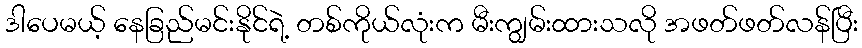
ဒါပေမယ့် နေခြည်မင်းနိုင်ရဲ့ တစ်ကိုယ်လုံးက မီးကျွမ်းထားသလို အဖတ်ဖတ်လန်ပြီး